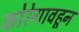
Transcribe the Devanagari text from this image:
कोरेगावहून